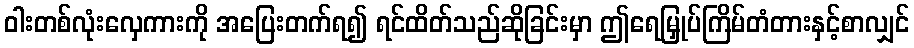
ဝါးတစ်လုံးလှေကားကို အပြေးတက်ရ၍ ရင်ထိတ်သည်ဆိုခြင်းမှာ ဤရေမြှုပ်ကြိမ်တံတားနှင့်စာလျှင်